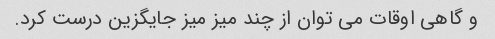
و گاهی اوقات می توان از چند میز میز جایگزین درست کرد.